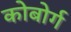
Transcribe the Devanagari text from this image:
कोबोर्ग